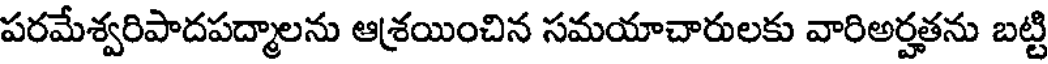
పరమేశ్వరిపాదపద్మాలను ఆశ్రయించిన సమయాచారులకు వారిఅర్హతను బట్టి